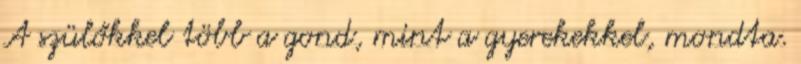
A szülőkkel több a gond, mint a gyerekekkel, mondta.